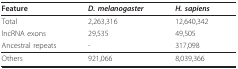
<table><thead><tr><td><b>Feature</b></td><td><b><i>D. melanogaster</i></b></td><td><b><i>H. sapiens</i></b></td></tr></thead><tbody><tr><td>Total</td><td>2,263,316</td><td>12,640,342</td></tr><tr><td>lncRNA exons</td><td>29,535</td><td>49,505</td></tr><tr><td>Ancestral repeats</td><td>-</td><td>317,098</td></tr><tr><td>Others</td><td>921,066</td><td>8,039,366</td></tr></tbody></table>